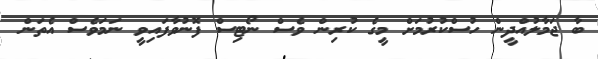
ބާ ޖަމާލުއްދީން ހުސްކުރުމަށް މީގެ ކުރިން ވެސް ނޯޓިސް ފޮނުވާފައިވީ ނަމަވެސް އެތަން